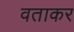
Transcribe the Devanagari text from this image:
वताकर